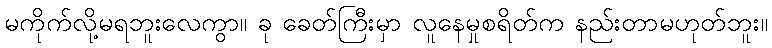
မကိုက်လို့မရဘူးလေကွာ။ ခု ခေတ်ကြီးမှာ လူနေမှုစရိတ်က နည်းတာမဟုတ်ဘူး။